Senior Leaving Certificate Examination (including Day School Certificate (Higher) General paper), 1947
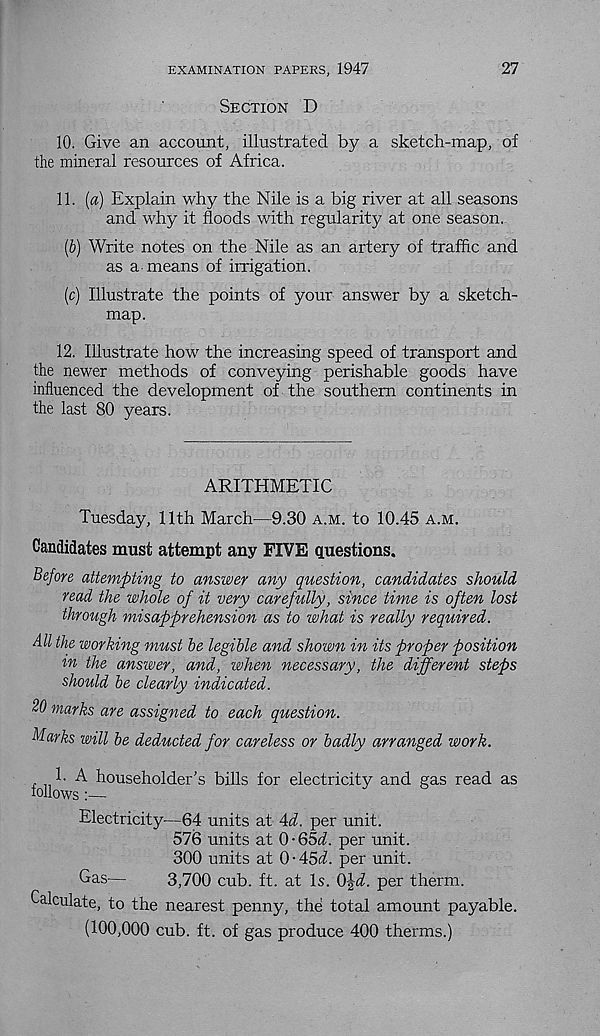
EXAMINATION PAPERS, 1947
27
Section D
10. Give an account, illustrated by a sketch-map, of
the mineral resources of Africa.
11. {a) Explain why the Nile is a big river at all seasons
and why it floods with regularity at one season.
(6) Write notes on the Nile as an artery of traffic and
as a means of irrigation.
(c) Illustrate the points of your answer by a sketch-
map.
12. Illustrate how the increasing speed of transport and
the newer methods of conveying perishable goods have
influenced the development of the southern continents in
the last 80 years.
ARITHMETIC
Tuesday, 11th March—9.30 a.m. to 10.45 a.m.
Candidates must attempt any FIVE questions.
Before attempting to answer any question, candidates should
read the whole of it very carefully, since time is often lost
through misapprehension as to what is really required.
All the working must he legible and shown in its proper position
in the answer, and, when necessary, the different steps
should he clearly indicated.
20 marks are assigned to each question.
Marks will be deducted for careless or badly arranged work.
1. A householder’s bills for electricity and gas read as
follows:—
Electricity—64 units at Ad. per unit.
576 units at 0-65d. per unit.
300 units at 0-45<A per unit.
Gas—
3,700 cub. ft. at Is. (ffd. per therm.
Calculate, to the nearest penny, the total amount payable.
(100,000 cub. ft. of gas produce 400 therms.)